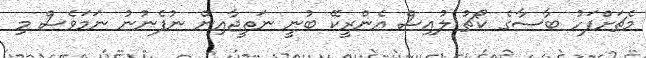
މެޗަށްފަހު ބާސާގެ ކޯޗު ލުއިސް އެންރީކޭ ބުނީ ނަތީޖާއިން ނުފެނުނު ނަމަވެސް މި